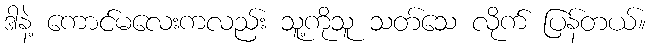
ဒါနဲ့ ကောင်မလေးကလည်း သူ့ကိုသူ သတ်သေ လိုက် ပြန်တယ်။